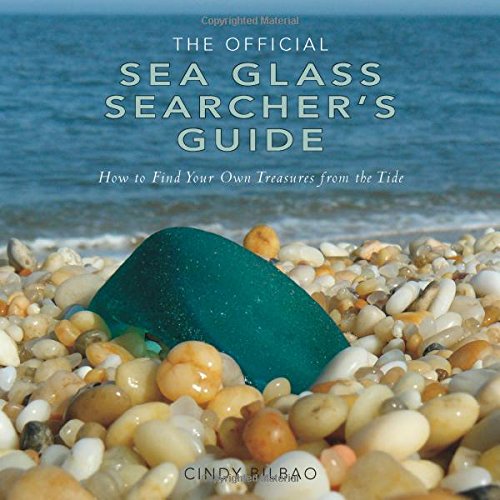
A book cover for The Official Sea Glass Searcher's Guide: How to Find Your Own Treasures from the Tide; Cindy Bilbao; Crafts, Hobbies & Home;